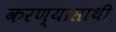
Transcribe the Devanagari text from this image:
करण्यासाथी